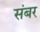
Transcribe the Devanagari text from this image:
संबर